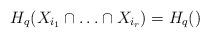
LaTeX: \begin{align*} H_q(X_{i_1} \cap \ldots \cap X_{i_r}) = H_q() \end{align*}